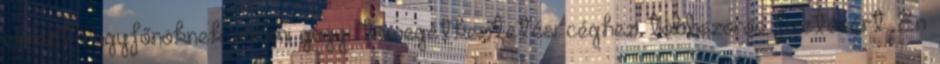
elment nagyfőnöknek valami gagyi tömegétkeztetési céghez többszörös fizetésért. Én